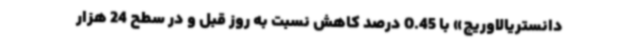
دانستریالاوریج» با 0.45 درصد کاهش نسبت به روز قبل و در سطح 24 هزار